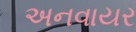
અનવાયર